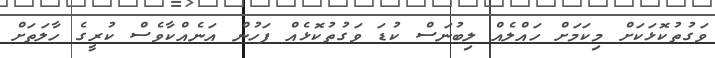
ވަގުތުކޮޅަކަށް މިކަމަށް ހައްލެއް ލިބުނަސް ކުޑަ ވަގުތުކޮޅެއް ފަހުން އަނެއްކާވެސް ކުރީގެ ހާލަތަށް